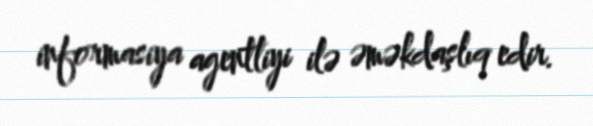
informasiya agentliyi ilə əməkdaşlıq edir.